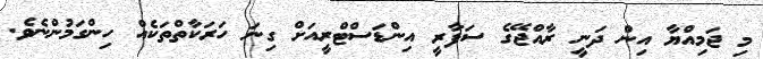
މި ޖަމިއްޔާ އިން ދަނީ ރާއްޖޭގެ ސަފާރީ އިންޑަސްޓްރީއަށް ގިނަ ހަރަކާތްތަކެއް ހިންގަމުންނެވެ.